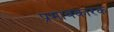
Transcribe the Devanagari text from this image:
प्रभावकारक